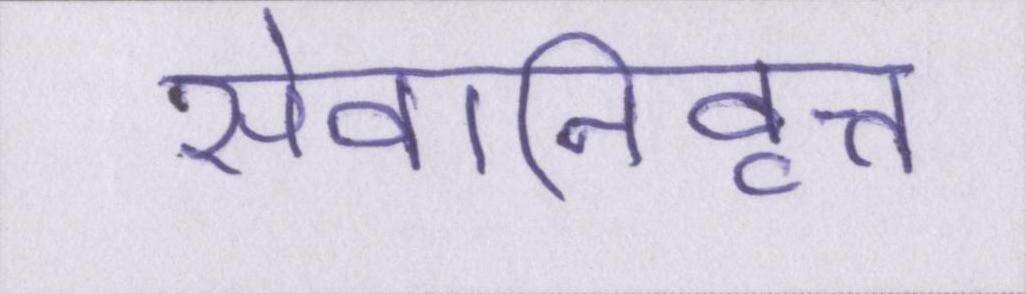
सेवानिवृत्त